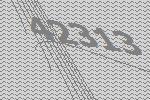
42313